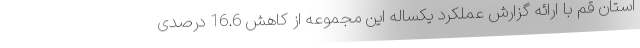
استان قم با ارائه گزارش عملکرد یکساله این مجموعه از کاهش 16.6 درصدی